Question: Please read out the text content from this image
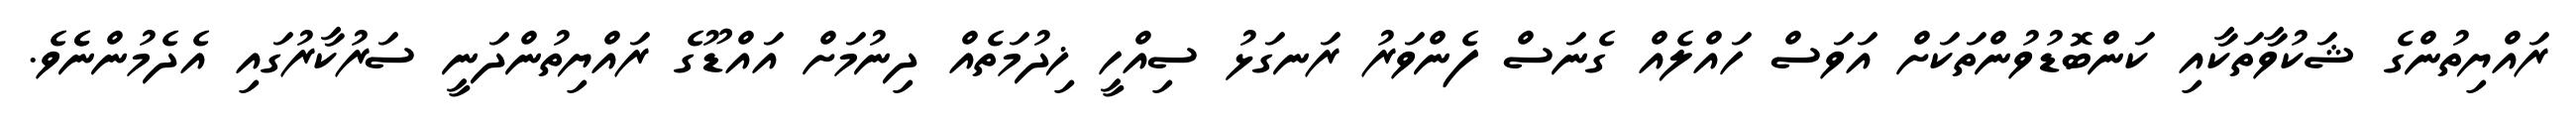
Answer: ރައްޔިތުންގެ ޝަކުވާތަކާއި ކަންބޮޑުވުންތަކަށް އަވަސް ހައްލެއް ގެނަސް ފެންވަރު ރަނގަޅު ސިއްހީ ޚިދުމަތެއް ދިނުމަށް އައްޑޫގެ ރައްޔިތުންދަނީ ސަރުކާރުގައި އެދެމުންނެެވެ.